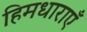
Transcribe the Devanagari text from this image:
हिमधाराएँ